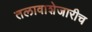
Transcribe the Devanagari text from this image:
तलावाशेजारीच